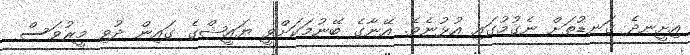
އިށީނދެ ގަނޑުތަށް ނެގުމުގައި އުޅުނެވެ. އޭނާގެ ބޭނުމަކަށްވީ ޔައީޝްގެ ގައިން ދުވި މީރުވަސް